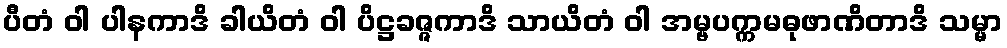
ပီတံ ဝါ ပါနကာဒိ ခါယိတံ ဝါ ပိဋ္ဌခဇ္ဇကာဒိ သာယိတံ ဝါ အမ္ဗပက္ကမဓုဖာဏိတာဒိ သမ္မာ